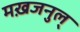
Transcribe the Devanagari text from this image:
मख़जनुल्